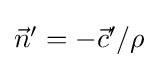
{\textstyle {\vec {n}}'=-{\vec {c}}'/\rho }